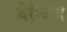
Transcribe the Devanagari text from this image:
थेरीवाद